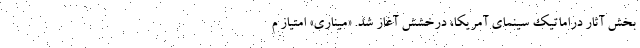
بخش آثار دراماتیک سینمای آمریکا، درخشش آغاز شد. «میناری» امتیاز م